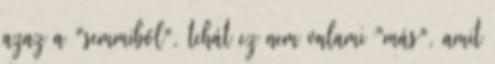
azaz a "semmiből", tehát ez nem valami "más", amit